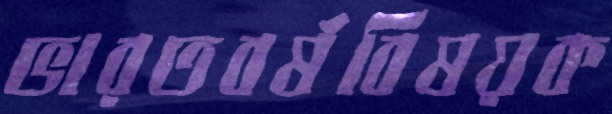
ভারতবর্ষবিষয়ক